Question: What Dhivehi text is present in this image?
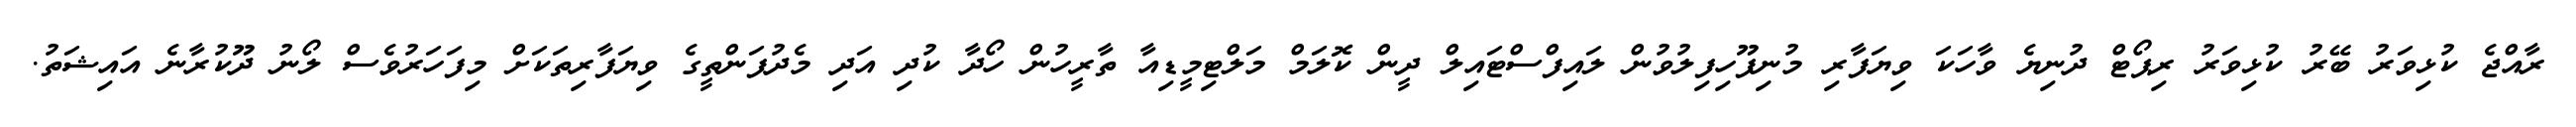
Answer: ރާއްޖެ ކުޅިވަރު ބޭރު ކުޅިވަރު ރިޕޯޓް ދުނިޔެ ވާހަކަ ވިޔަފާރި މުނިފޫހިފިލުވުން ލައިފްސްޓައިލް ދީން ކޮލަމް މަލްޓިމީޑިއާ ތާރީހުން ހޯދާ ކުދި އަދި މެދުފަންތީގެ ވިޔަފާރިތަކަށް މިފަހަރުވެސް ލޯނު ދޫކުރާނެ އައިޝަތު.